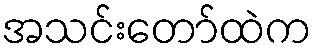
အသင်းတော်ထဲက